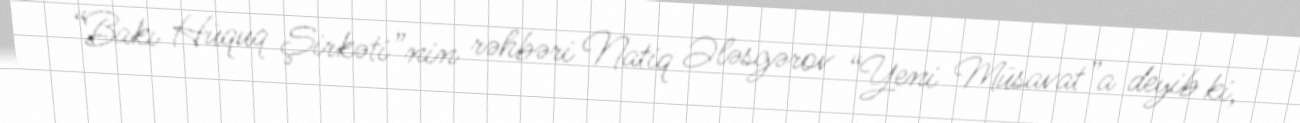
“Bakı Hüquq Şirkəti”nin rəhbəri Natiq Ələsgərov “Yeni Müsavat”a deyib ki,